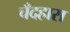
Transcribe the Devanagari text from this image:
चँदहास